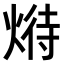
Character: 𤋵